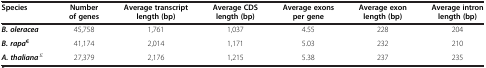
| Species | Number of genes | Average transcript length (bp) | Average CDS length (bp) | Average exons per gene | Average exon length (bp) | Average intron length (bp) |
 | --- | --- | --- | --- | --- | --- | --- |
 | B. oleracea | 45,758 | 1,761 | 1,037 | 4.55 | 228 | 204 |
 | B. rapa€ | 41,174 | 2,014 | 1,171 | 5.03 | 232 | 210 |
 | A. thaliana£ | 27,379 | 2,176 | 1,215 | 5.38 | 237 | 235 |